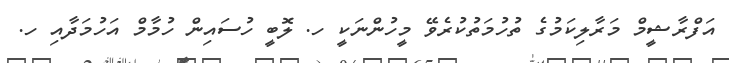
އަފްރާޝީމް މަރާލިކަމުގެ ތުހުމަތުކުރެވޭ މީހުންނަކީ ހ. ލޮބީ ހުސައިން ހުމާމް އަހުމަދާއި ހ.